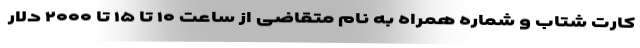
کارت شتاب و شماره همراه به نام متقاضی از ساعت ۱۰ تا ۱۵ تا ۲۰۰۰ دلار